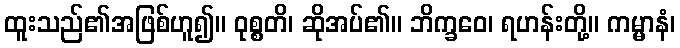
ထူးသည်၏အဖြစ်ဟူ၍။ ဝုစ္စတိ၊ ဆိုအပ်၏။ ဘိက္ခဝေ၊ ရဟန်းတို့။ ကမ္မာနံ၊